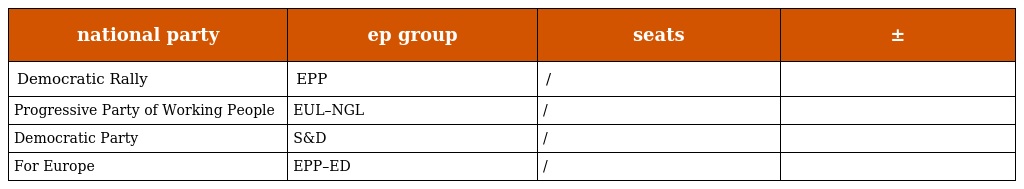
| national party | ep group | seats | ± |
 | --- | --- | --- | --- |
 | Democratic Rally | EPP | / |  |
 | Progressive Party of Working People | EUL–NGL | / |  |
 | Democratic Party | S&D | / |  |
 | For Europe | EPP–ED | / |  |